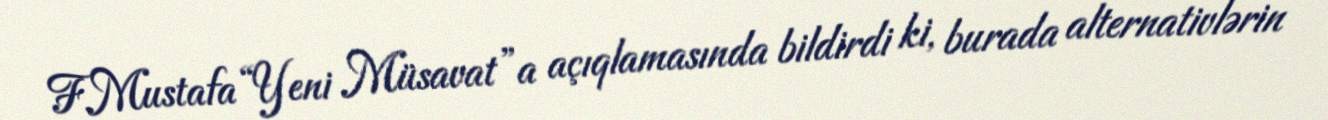
F.Mustafa “Yeni Müsavat”a açıqlamasında bildirdi ki, burada alternativlərin